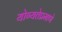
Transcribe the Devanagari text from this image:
योग्यतेप्रमाणे